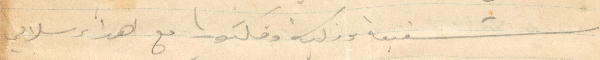
شفيقة وزكية وفكتوريا مع اهداء سلامي